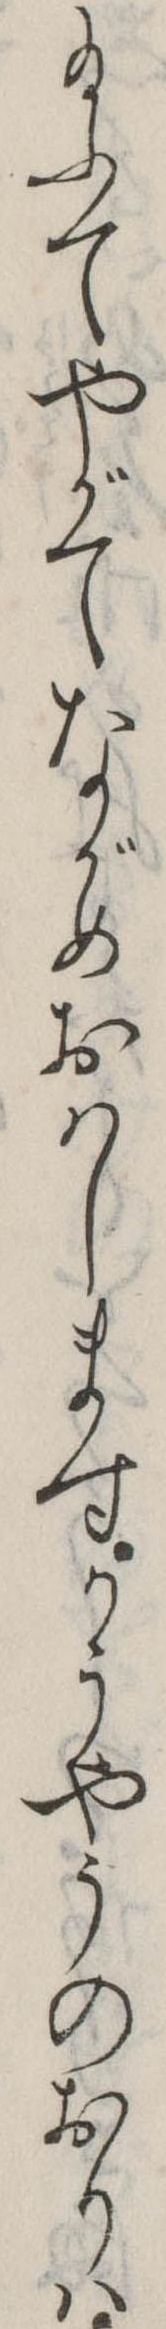
給ふてやがてながめおはしますかうやうのおりは